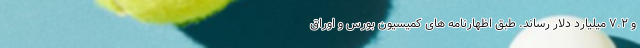
و ۷.۲ میلیارد دلار رساند. طبق اظهارنامه های کمیسیون بورس و اوراق